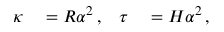
\begin{array} { r l r l } { \kappa } & { { } = R \alpha ^ { 2 } \, , } & { \tau } & { { } = H \alpha ^ { 2 } \, , } \end{array}